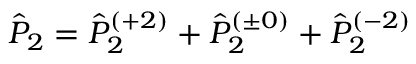
\hat { P } _ { 2 } = \hat { P } _ { 2 } ^ { ( + 2 ) } + \hat { P } _ { 2 } ^ { ( \pm 0 ) } + \hat { P } _ { 2 } ^ { ( - 2 ) }